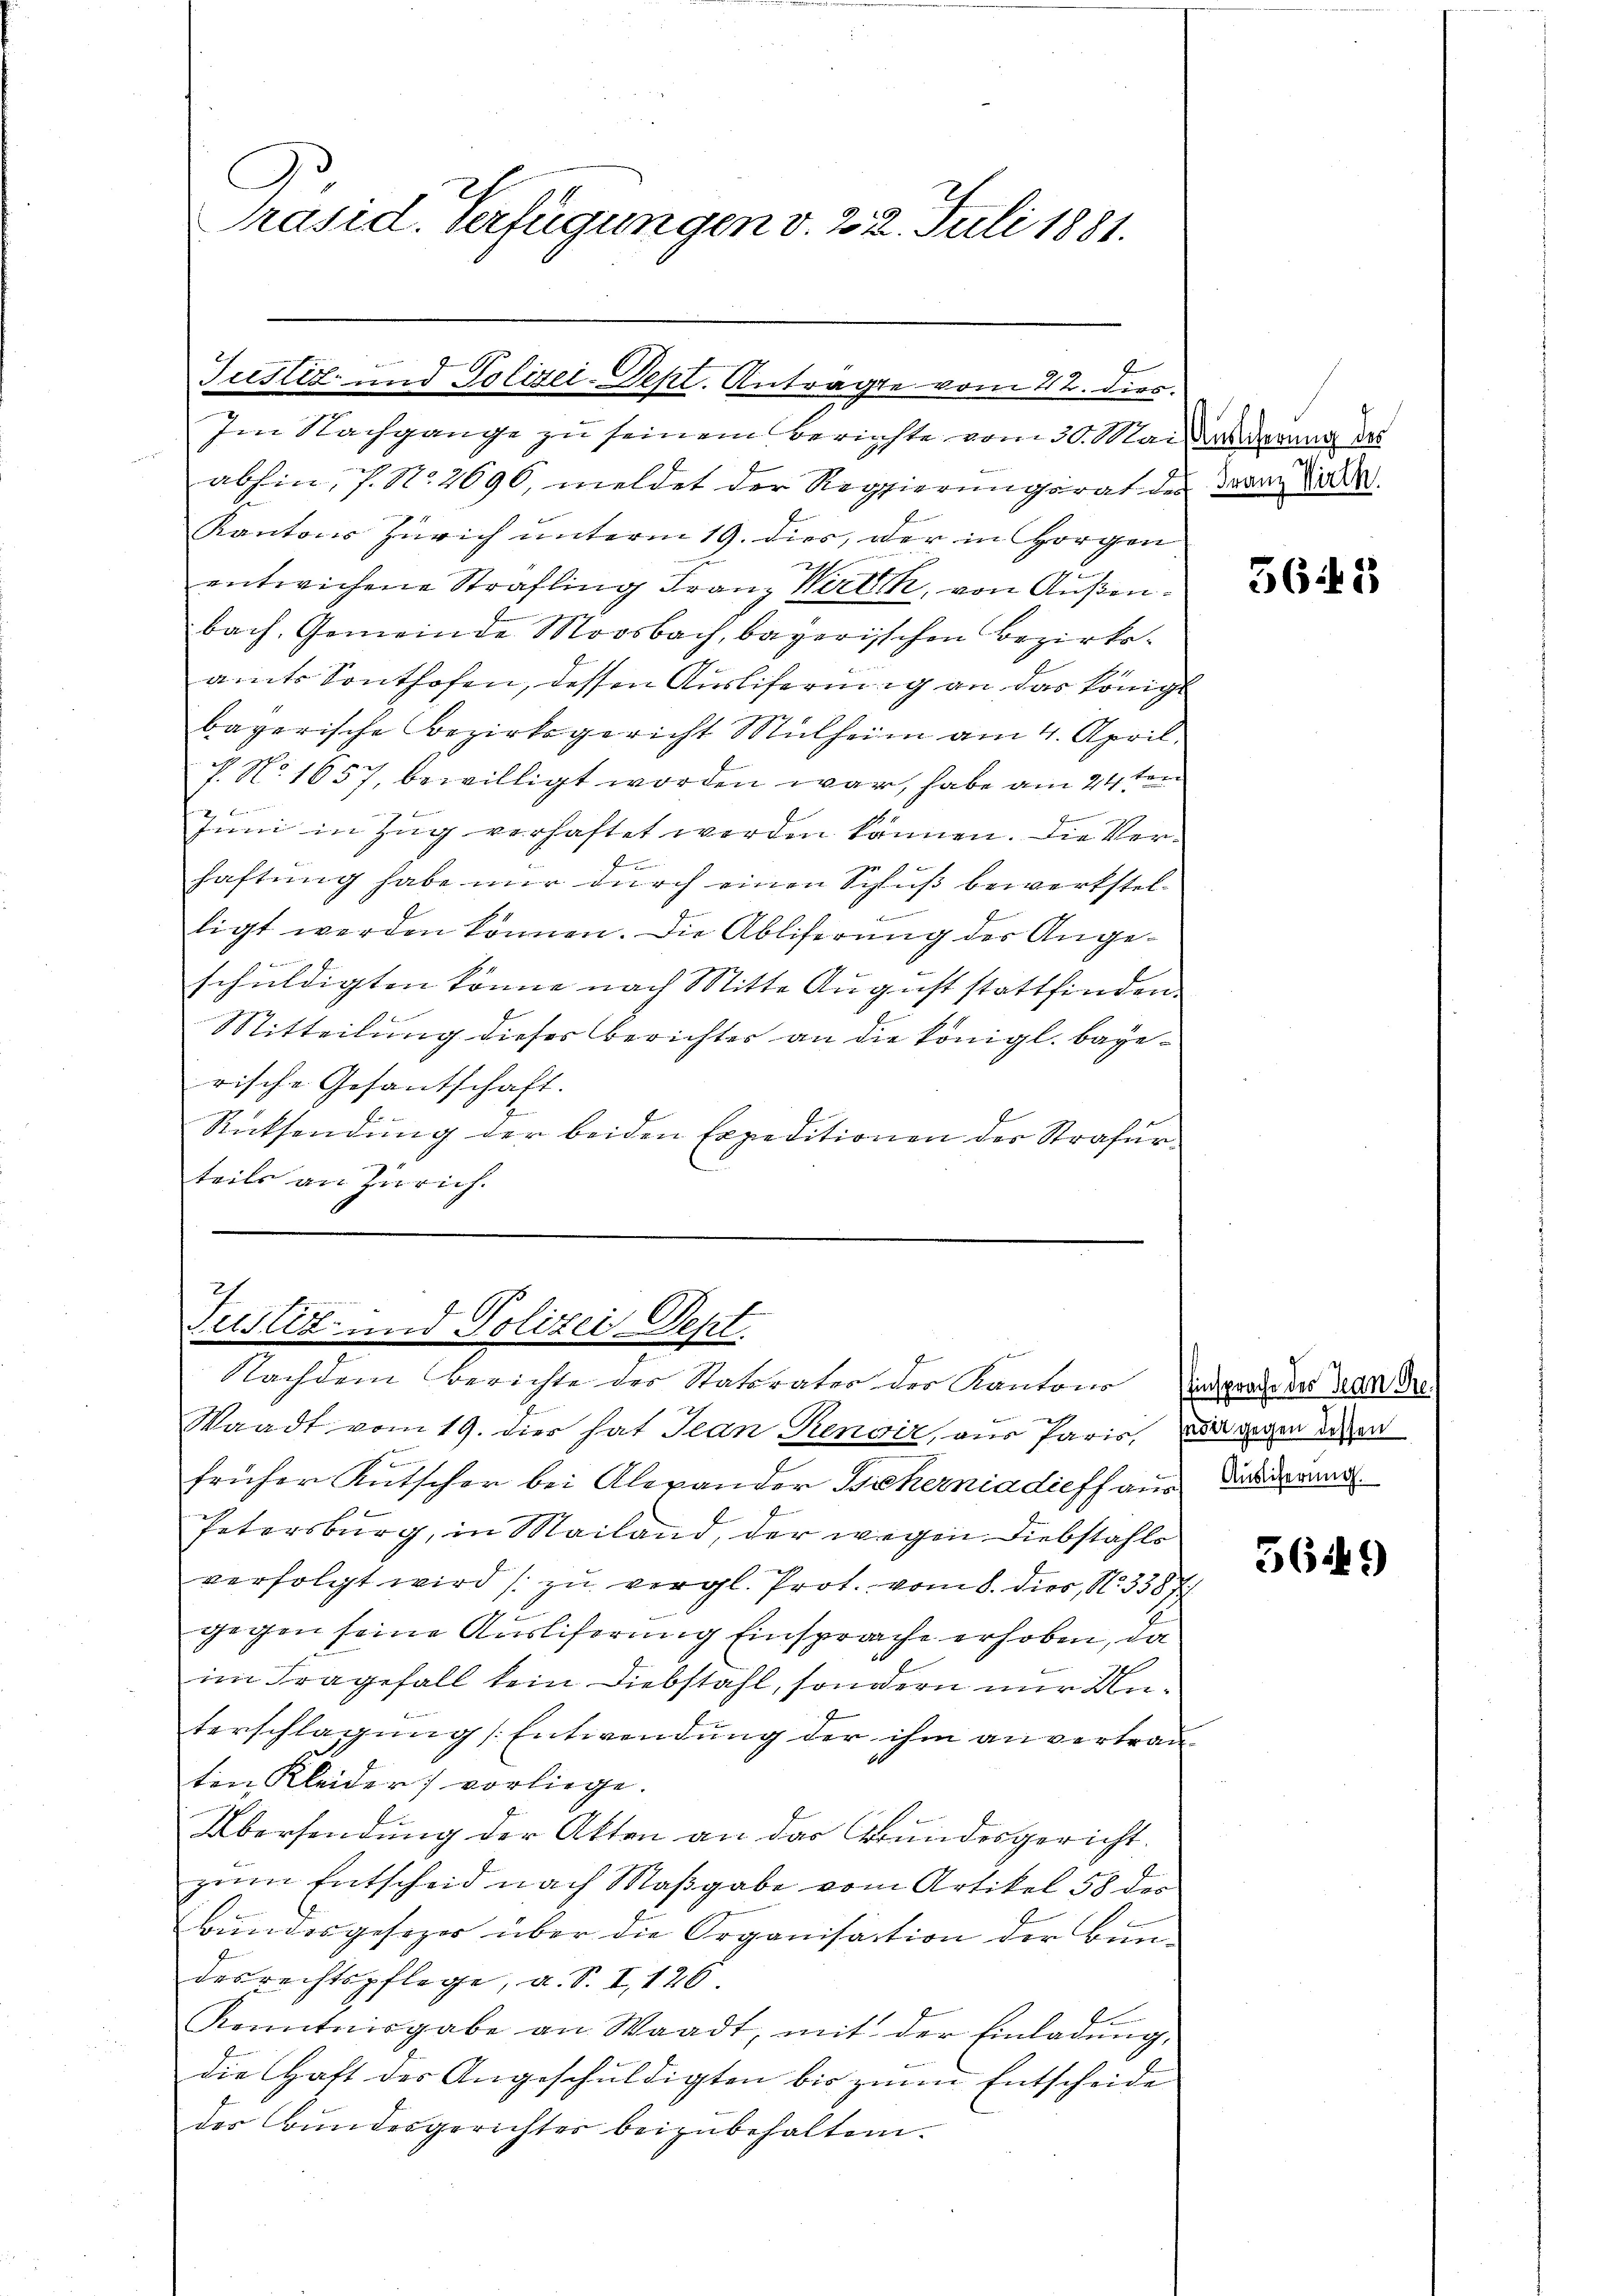
Präsid. Verfügungen d. 22. Juli 1881.

Justiz- und Polizei-Depl. Antragte vom 22. dies

Im Nachgange zu seinem Berichte vom 30. Mai der Grund des
abhin, No 2696, meldet der Regierungsrat des Mann die
Kantons Zürich unterm 19. dies, der in Horgen
g
entwichene Strafling Franz Wirth, von Außenbach, Gemeinde Moosbach, bayerischen Bezirksamts Sonthofen, dessen Ausliferung an das Königl
bayerische Bezirksgericht Mülheim am 4. April.
7 No 1657, bewilligt worden war, habe am 24 ten
Juni in Zug verhaftet werden können. Die Verf
haftung habe nur durch einen Schluß bewerkstel¬
.
ligt werden können. Die Abliferung der Angeschuldigten könne nach Mitte August stattfinden.
Mitteilung dieser Berichter an die königl. bagerische Gesantschaft.
Rücksendung der beiden Expeditionen der Strafurteils an Zürich.

Justiz- und Polizei Sept.
e
Nachdem Berichte der Staturater der Kantone prote der Deser Dr.

Waadt vom 19. dies hat Jean Renoir, aus Paris, gegen davon
früher Kutscher bei Alexander Sichernia dieff aus Drang
Petersburg, in Mailand, der wegen Diebstahls
verfolgt wird (zu vergl. Prot. vom 8. dies, No 3387/
gegen seine Ausliferung Einsprache erhoben, da
im Fragefall kein Diebstahl, sondern nur Unterschlagung (Entwendung der ihm anvertrauten Kleider) vorliege.
Übersendung der Akten an das Grundesgericht.
zum Entscheid nach Maßgabe vom Artikel 58 der
Bundesgesezes über die Organisation der Bun-
desrechtspflege, u. S. I,126
E.
Kenntnisgabe an Waadt, mit der Einladŭng,
die Haft der Angeschuldigten bis zum Entscheide
des Bundesgerichter beizubehalten.

3645

5649